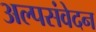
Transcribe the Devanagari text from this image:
अल्पसंवेदन